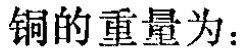
铜的重量为：